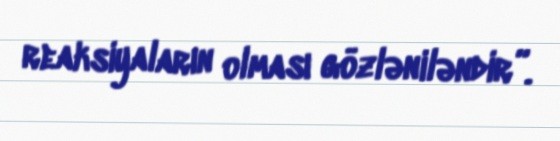
reaksiyaların olması gözləniləndir”.